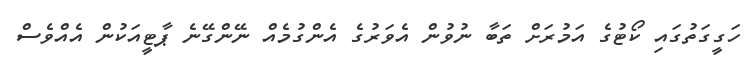
ހަގީގަތުގައި ކޯޓުގެ އަމުރަށް ތަބާ ނުވުން އެވަރުގެ އެންގުމެއް ނޭންގޭނެ ޕާޓީއަކުން އެއްވެސް